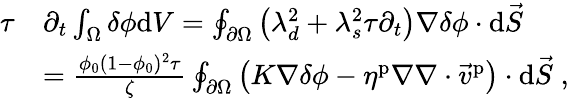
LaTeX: \begin{array}{rl}{\tau}&{\partial_{t}\int_{\Omega}\delta\phi\mathrm{d}V=\oint_{\partial\Omega}\left(\lambda_{d}^{2}+\lambda_{s}^{2}\tau\partial_{t}\right)\nabla\delta\phi\cdot\mathrm{d}\vec{S}}\\ &{=\frac{\phi_{0}(1-\phi_{0})^{2}\tau}{\zeta}\oint_{\partial\Omega}\left(K\nabla\delta\phi-\eta^{\mathrm{p}}\nabla\nabla\cdot\vec{v}^{\mathrm{p}}\right)\cdot\mathrm{d}\vec{S}\; ,}\end{array}